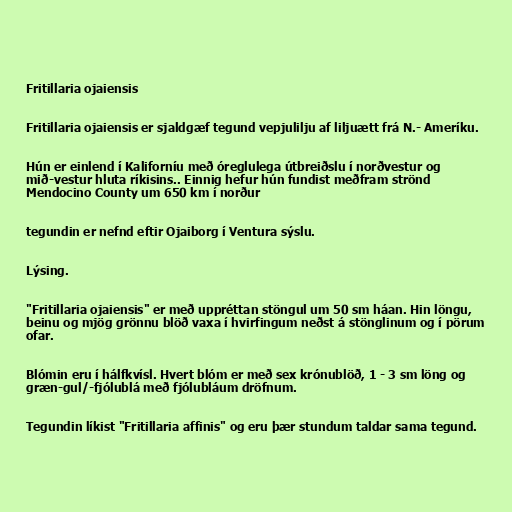
Fritillaria ojaiensis

Fritillaria ojaiensis er sjaldgæf tegund vepjulilju af liljuætt frá N.- Ameríku.

Hún er einlend í Kaliforníu með óreglulega útbreiðslu í norðvestur og
mið-vestur hluta ríkisins.. Einnig hefur hún fundist meðfram strönd
Mendocino County um 650 km í norður

tegundin er nefnd eftir Ojaiborg í Ventura sýslu.

Lýsing.

"Fritillaria ojaiensis" er með uppréttan stöngul um 50 sm háan. Hin löngu,
beinu og mjög grönnu blöð vaxa í hvirfingum neðst á stönglinum og í pörum
ofar.

Blómin eru í hálfkvísl. Hvert blóm er með sex krónublöð, 1 - 3 sm löng og
græn-gul/-fjólublá með fjólubláum dröfnum.

Tegundin líkist "Fritillaria affinis" og eru þær stundum taldar sama tegund.